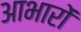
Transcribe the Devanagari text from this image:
आभारों